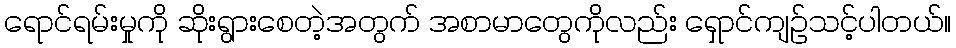
ရောင်ရမ်းမှုကို ဆိုးရွားစေတဲ့အတွက် အစာမာတွေကိုလည်း ရှောင်ကျဉ်သင့်ပါတယ်။